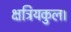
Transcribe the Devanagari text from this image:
क्षत्रियकुल।